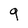
Character: 9